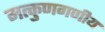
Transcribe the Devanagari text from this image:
मत्कुणगणीय